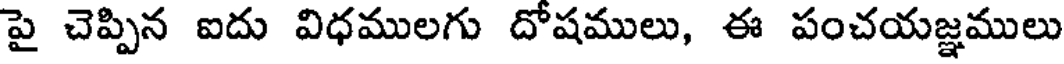
పై చెప్పిన ఐదు విధములగు దోషములు, ఈ పంచయజ్ఞములు